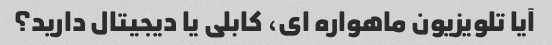
آیا تلویزیون ماهواره ای، کابلی یا دیجیتال دارید؟